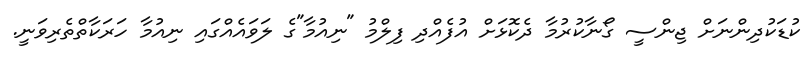
ކުޑަކުދިންނަށް ޖިންސީ ގޯނާކުރުމާ ދެކޮޅަށް އުފެއްދި ފިލްމު "ނިއުމާ"ގެ ލަވައެއްގައި ނިއުމާ ހަރަކާތްތެރިވަނީ.